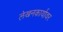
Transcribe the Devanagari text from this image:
लेखनकार्यावर